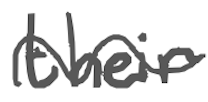
Text: their
Cross-out: wave
Writing tool: digital_gray